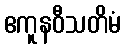
ဧကူနဝီသတိမံ